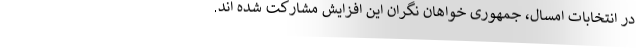
در انتخابات امسال، جمهوری خواهان نگران این افزایش مشارکت شده اند.